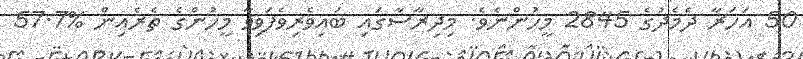
50 އަހަރާ ދެމެދުގެ 2845 މީހުންނެވެ. މިދިރާސާގައި ބައިވެރިވެފަވިވާ މީހުންގެ ތެރެއިން %57.7